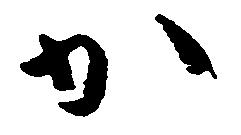
か